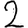
Digit: 2